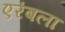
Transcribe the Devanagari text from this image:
एरंबला